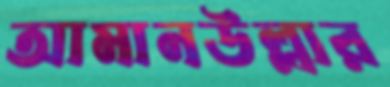
আমানউল্লার